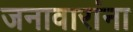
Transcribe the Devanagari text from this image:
जनावारांना